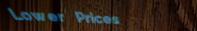
Lower Prices